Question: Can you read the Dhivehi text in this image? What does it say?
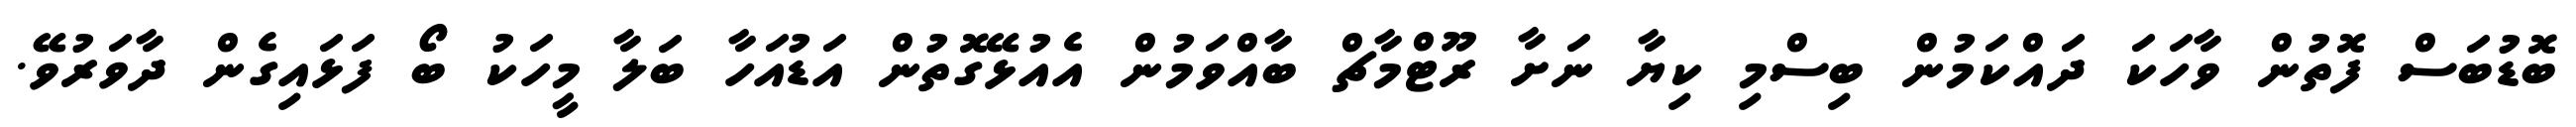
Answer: ބޮޑުބަސް ފޮތުން ވާހަކަ ދައްކަމުން ބިސްމި ކިޔާ ނަށާ ރޫޓްމާޗް ބާއްވަމުން އެއުޅޭގޮތުން އަޑުއަހާ ބަލާ މީހަކު ބޯ ފަޅައިގެން ދާވަރުވޭ.